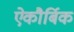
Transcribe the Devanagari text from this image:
ऐकौर्बिक